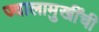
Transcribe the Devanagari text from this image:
ज्वालामुखींची